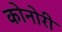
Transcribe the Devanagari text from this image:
कोनोरी